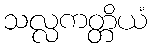
သလ္လကတ္တိယံ